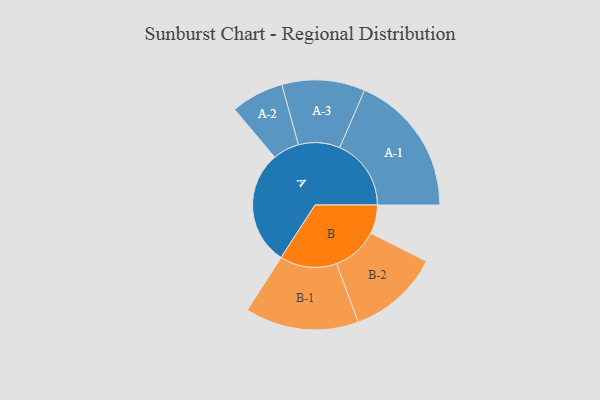
{"axis": {"x": "Segment", "y": "Value"}, "legend": ["", "A", "B"], "data": [{"x": "A", "y": 456, "type": ""}, {"x": "B", "y": 114, "type": ""}, {"x": "A-1", "y": 284, "type": "A"}, {"x": "A-2", "y": 105, "type": "A"}, {"x": "A-3", "y": 165, "type": "A"}, {"x": "B-1", "y": 226, "type": "B"}, {"x": "B-2", "y": 183, "type": "B"}]}